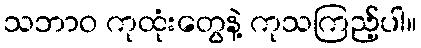
သဘာဝ ကုထုံးတွေနဲ့ ကုသကြည့်ပါ။